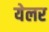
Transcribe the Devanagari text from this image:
येलर